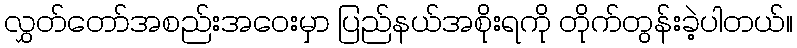
လွှတ်တော်အစည်းအဝေးမှာ ပြည်နယ်အစိုးရကို တိုက်တွန်းခဲ့ပါတယ်။